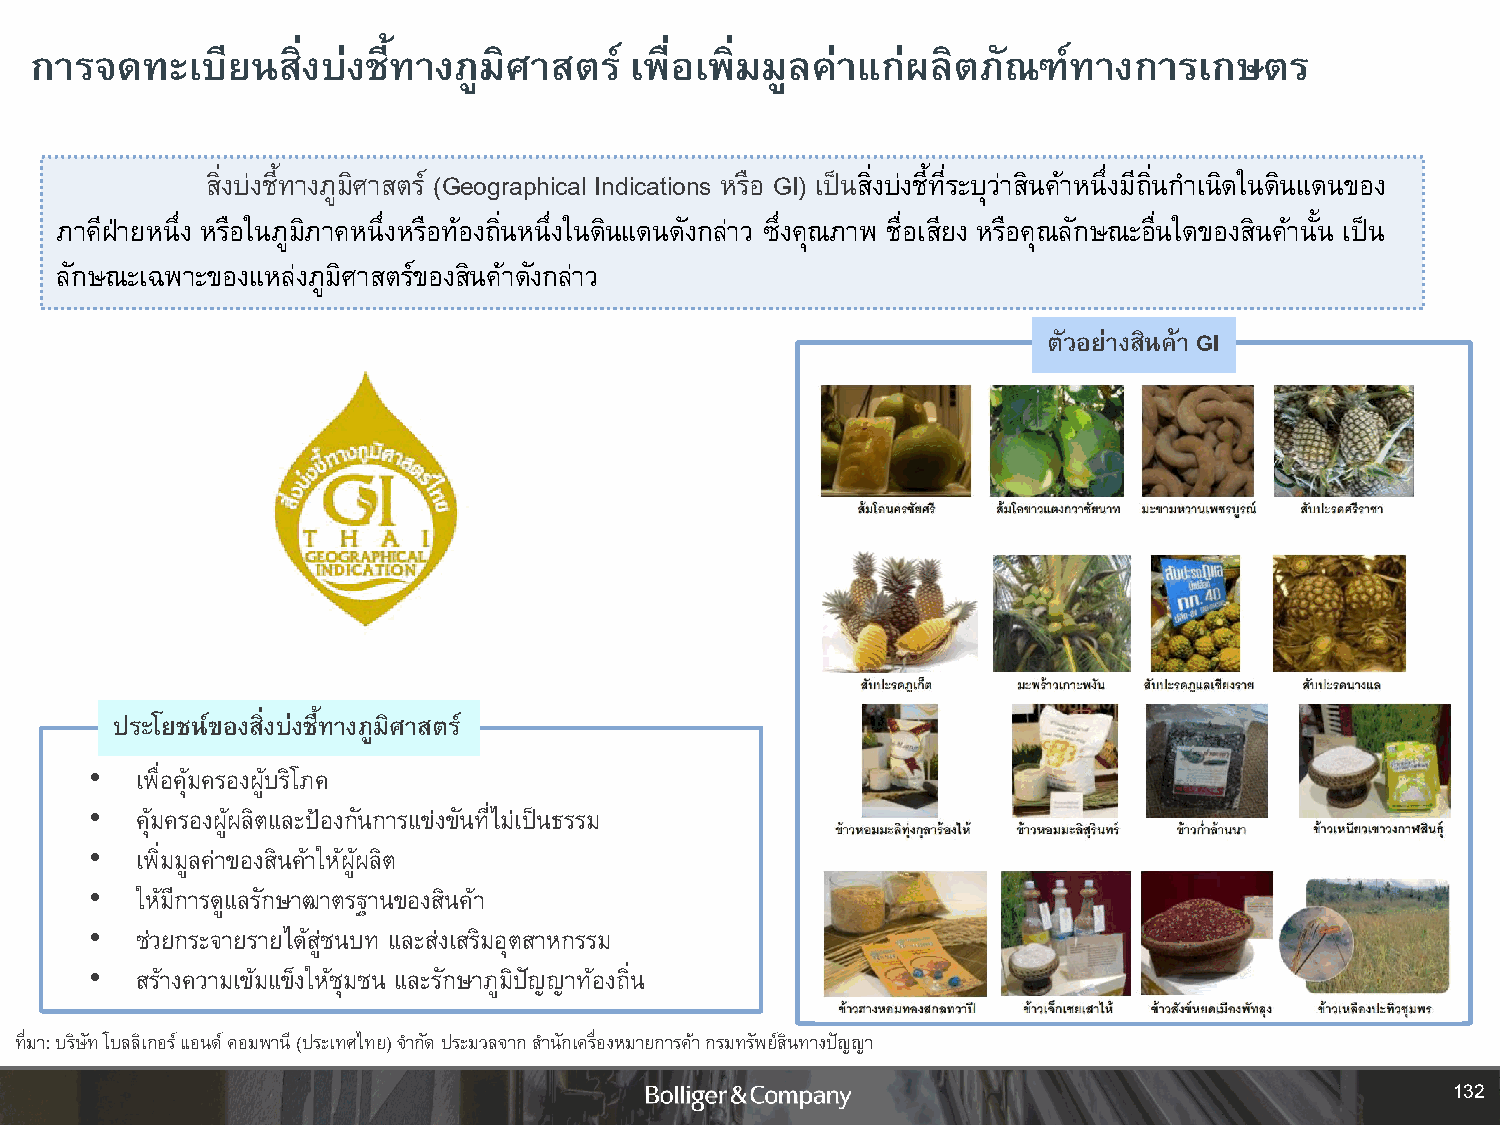
การจดทะเบยี    นสิ่งบ่งชที้ างภูมิศาสตร์ เพื่อเพิ่มมูลค่าแกผ่ ลิตภัณฑ์ทางการเกษตร
 สิ่งบ่งชี้ทางภูมิศาสตร์ (Geographical Indications หรือ GI) เป็นสิ่งบ่งชี้ที่ระบุว่าสินค้าหนึ่งมีถิ่นก าเนดิ ในดินแดนของ
 ภาคีฝ่ายหนึ่ง หรือในภูมิภาคหนึ่งหรือท้องถิ่นหนึ่งในดินแดนดังกล่าว ซึ่งคุณภาพ ชื่อเสียง หรือคุณลักษณะอื่นใดของสินค้านั้น เป็น
 ลักษณะเฉพาะของแหล่งภูมิศาสตร์ของสินค้าดังกล่าว
 ตัวอย่างสินค้า GI
 ประโยชน์ของสิ่งบ่งชี้ทางภูมิศาสตร์
 •  เพื่อคุ้มครองผู้บริโภค
 •  คุ้มครองผู้ผลิตและป้องกันการแข่งขันที่ไม่เป็นธรรม
 •  เพิ่มมูลค่าของสินค้าให้ผู้ผลิต
 •  ให้มีการดูแลรักษาฒาตรฐานของสินค้า
 •  ช่วยกระจายรายได้สู่ชนบท และส่งเสริมอุตสาหกรรม
 •  สร้างความเข้มแข็งให้ชุมชน และรักษาภูมิปัญญาท้องถิ่น
 ที่มา: บริษัท โบลลิเกอร์ แอนด์ คอมพานี (ประเทศไทย) จ ากัด ประมวลจากส านักเครื่องหมายการค้า กรมทรัพย์สินทางปัญญา
 132